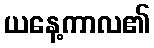
ယနေ့ကာလ၏